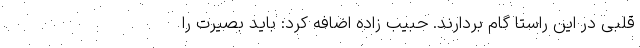
قلبی در این راستا گام بردارند. حبیب زاده اضافه کرد: باید بصیرت را